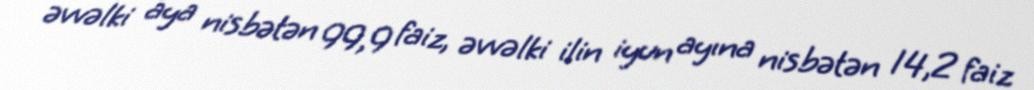
əvvəlki aya nisbətən 99,9 faiz, əvvəlki ilin iyun ayına nisbətən 14,2 faiz